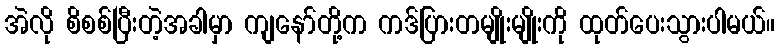
အဲလို စိစစ်ပြီးတဲ့အခါမှာ ကျနော်တို့က ကဒ်ပြားတမျိုးမျိုးကို ထုတ်ပေးသွားပါမယ်။